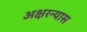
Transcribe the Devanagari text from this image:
अक्षरन्यास